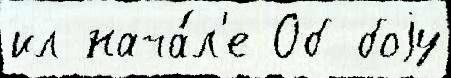
ил нача́л'е Об боjу